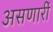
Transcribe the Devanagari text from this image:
असणारीं